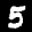
Label: 5